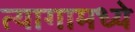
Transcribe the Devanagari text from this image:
त्यागामध्ये